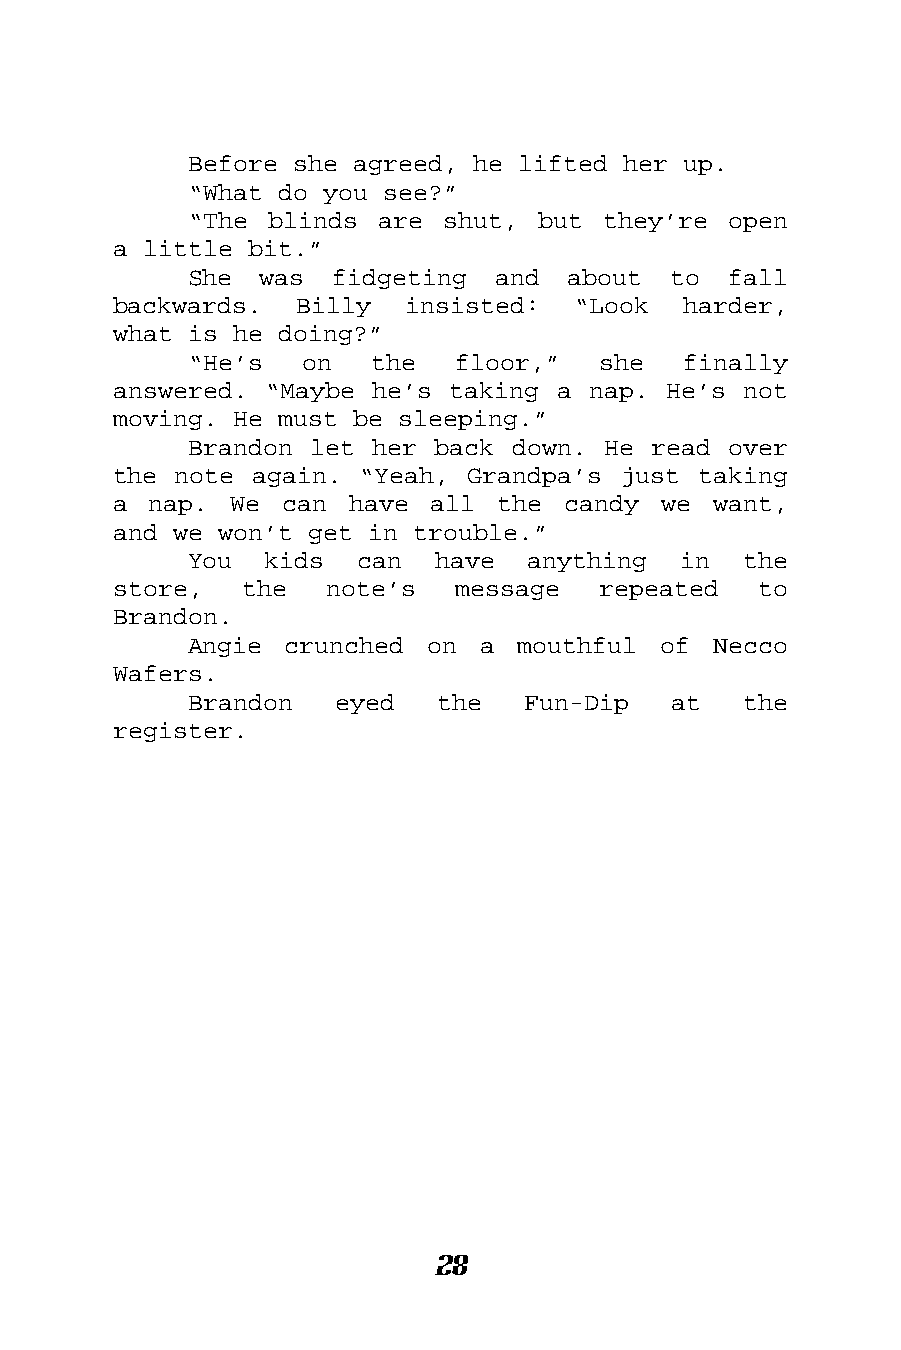
Before she agreed, he lifted her up.
 “What do you see?”
 “The blinds are  shut, but they’re  open
 a little bit.”
 She  was fidgeting  and  about  to  fall
 backwards.  Billy  insisted:  “Look   harder,
 what is he doing?”
 “He’s  on   the   floor,”  she   finally
 answered. “Maybe he’s taking a nap. He’s  not
 moving. He must be sleeping.”
 Brandon let her back down. He read  over
 the note again. “Yeah, Grandpa’s just  taking
 a nap.  We can  have all the  candy we  want,
 and we won’t get in trouble.”
 You  kids  can  have  anything  in   the
 store,  the   note’s   message  repeated   to
 Brandon.
 Angie crunched  on a  mouthful of  Necco
 Wafers.
 Brandon   eyed  the   Fun-Dip   at   the
 register.
 28